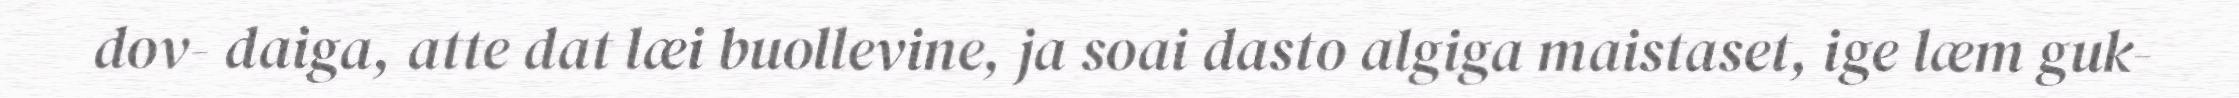
dov- daiga, atte dat læi buollevine, ja soai dasto algiga maistaset, ige læm guk-